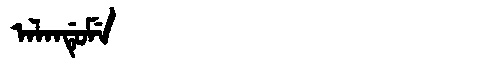
Manchu: ᠠᠯᠠᠨᡩᡠᠮᡝ
Romanization: ALANDUME